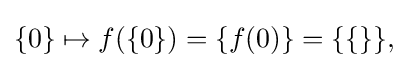
\{0\}\mapsto f(\{0\})=\{f(0)\}=\{\{\}\},\